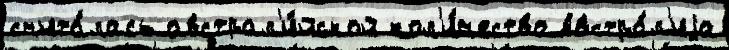
счита́лась австрал'и́йской кол'и́чество Австра́л'иjа